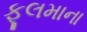
ફૂલમાના